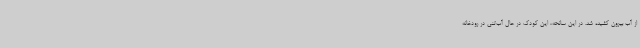
از آب بیرون کشیده شد. در این سانحه، این کودک در حال آب‌تنی در رودخانه